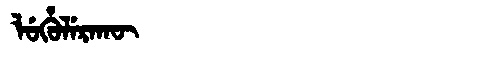
Manchu: ᠯᡠᡥᡠᠯᡝᡵᠠᡴᡡ
Romanization: LUHULERAKŪ